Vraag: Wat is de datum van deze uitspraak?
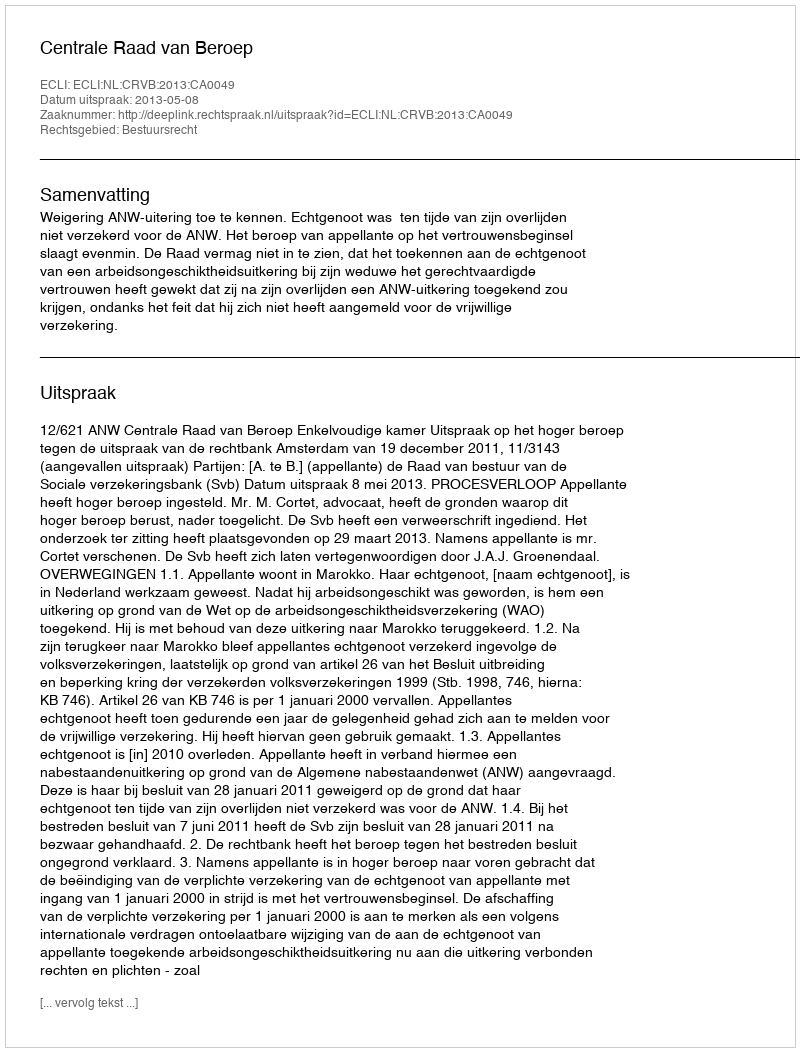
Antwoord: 2013-05-08